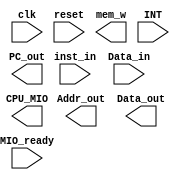
`timescale 1ns / 1ps
//////////////////////////////////////////////////////////////////////////////////
// Company: 
// Engineer: 
// 
// Design Name: 
// Module Name:    single_cycle_Cpu_9 
// Project Name: 
// Target Devices: 
// Tool versions: 
// Description: 
//
// Dependencies: 
//
// Revision: 
// Revision 0.01 - File Created
// Additional Comments: 
//
//////////////////////////////////////////////////////////////////////////////////
module SCPU(	input clk,			//
					input reset,
					input MIO_ready,
									
					input [31:0]inst_in,
					input [31:0]Data_in,	
									
					output mem_w,
					output[31:0]PC_out,
					output[31:0]Addr_out,
					output[31:0]Data_out, 
					output CPU_MIO,
					input INT
				);

				  
endmodule